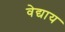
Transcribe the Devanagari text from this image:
वेद्याय